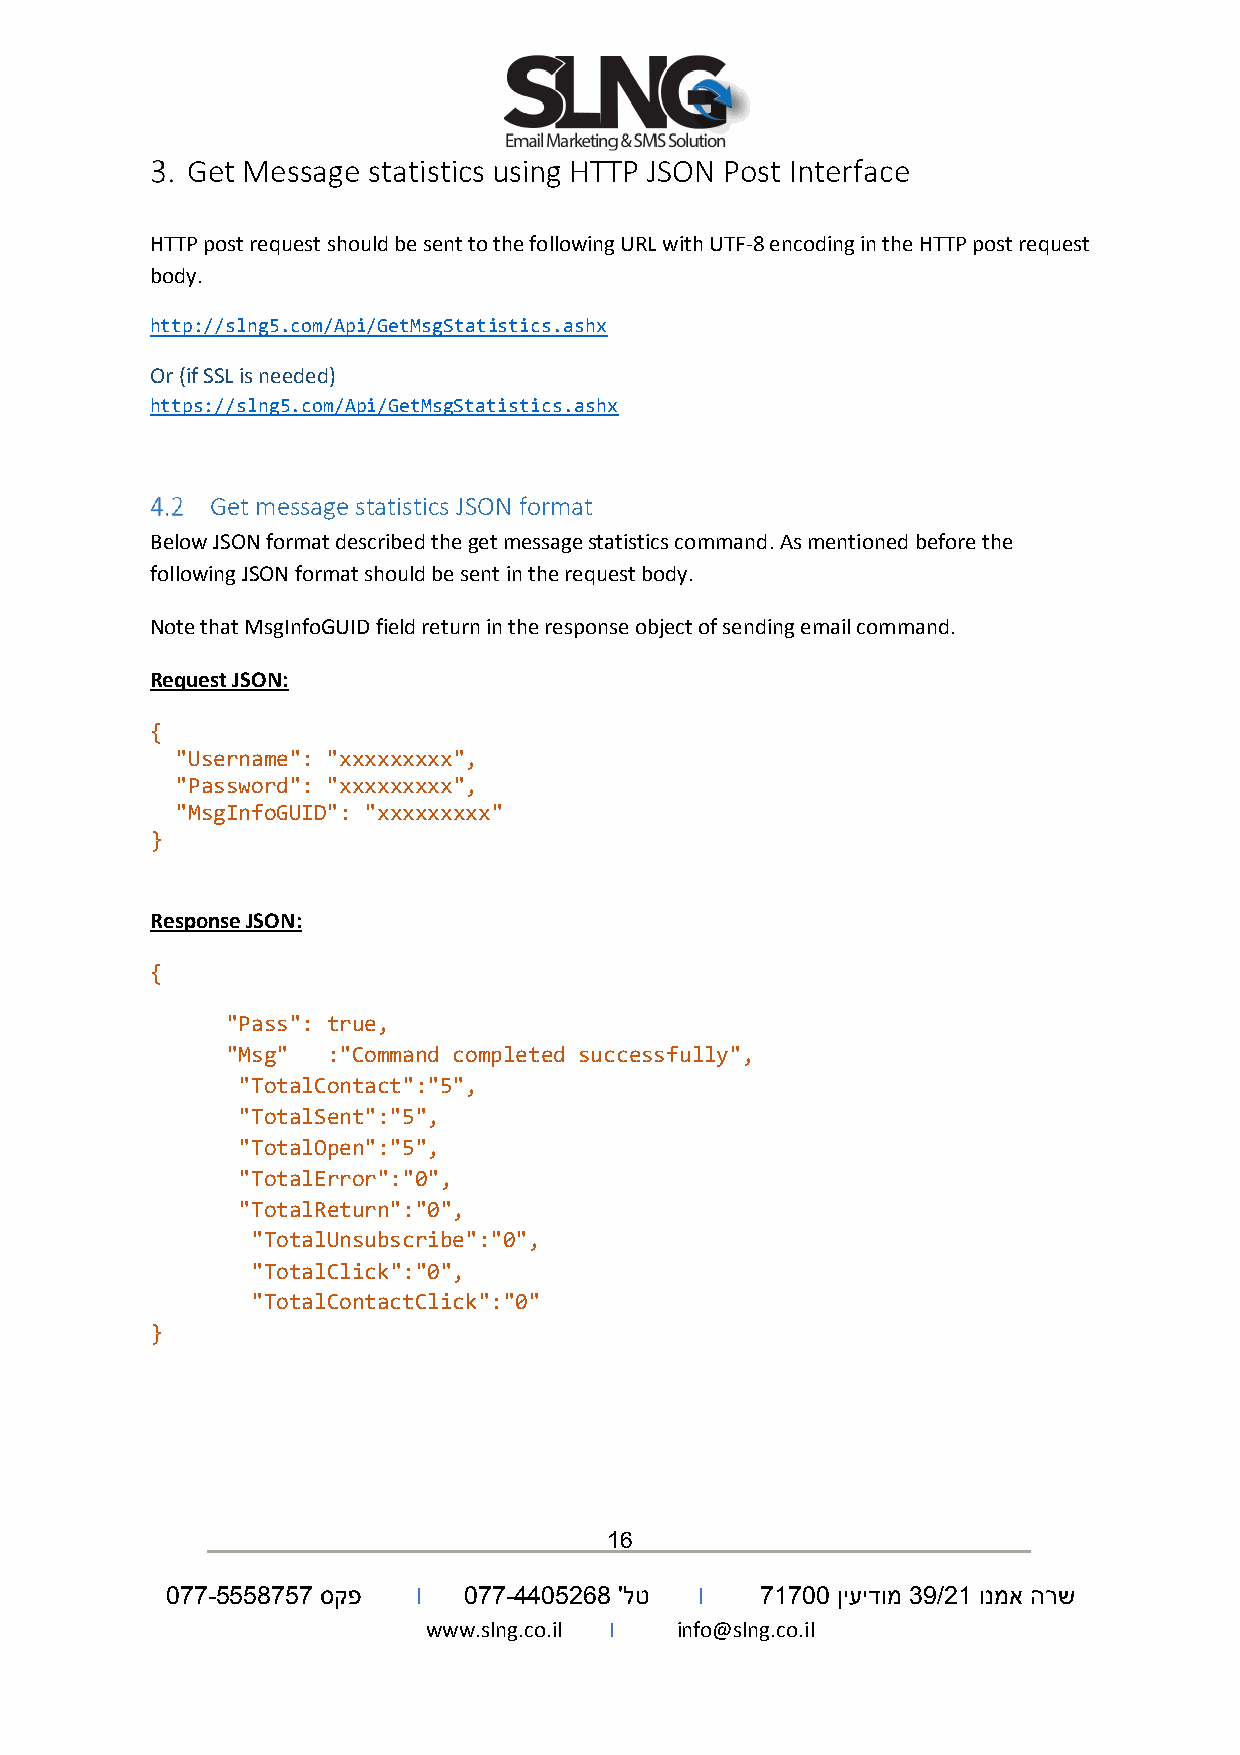
Get Message statistics using HTTP JSON Post Interface
 HTTP post request should be sent to the following URL with UTF-8 encoding in the HTTP post request
 body.
 http://slng5.com/Api/GetMsgStatistics.ashx
 Or (if SSL is needed)
 https://slng5.com/Api/GetMsgStatistics.ashx
 Get message statistics JSON format
 Below JSON format described the get message statistics command. As mentioned before the
 following JSON format should be sent in the request body.
 Note that MsgInfoGUID field return in the response object of sending email command.
 Request JSON:
 {
 "Username": "xxxxxxxxx",
 "Password": "xxxxxxxxx",
 "MsgInfoGUID": "xxxxxxxxx"
 }
 Response JSON:
 {
 "Pass": true,
 "Msg"  :"Command completed successfully",
 "TotalContact":"5",
 "TotalSent":"5",
 "TotalOpen":"5",
 "TotalError":"0",
 "TotalReturn":"0",
 "TotalUnsubscribe":"0",
 "TotalClick":"0",
 "TotalContactClick":"0"
 }
 16
 077-5558757 סקפ  I  077-4405268 'לט I  71700 ןיעידומ 39/21 ונמא הרש
 www.slng.co.il I info@slng.co.il